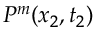
P ^ { m } ( x _ { 2 } , t _ { 2 } )